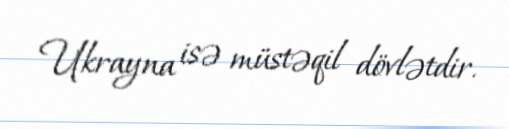
Ukrayna isə müstəqil dövlətdir.